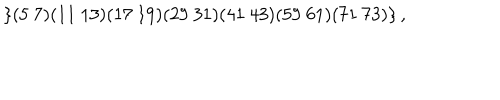
LaTeX: \left\{ ( 5 \ 7 ) ( 1 1 \ 1 3 ) ( 1 7 \ 1 9 ) ( 2 9 \ 3 1 ) ( 4 1 \ 4 3 ) ( 5 9 \ 6 1 ) ( 7 1 \ 7 3 ) \right\} ,